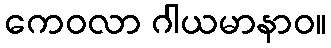
ကေဝလာ ဂါယမာနာဝ။